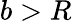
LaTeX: b>R